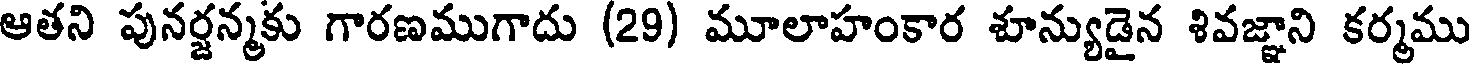
ఆతని పునర్జన్మకు గారణముగాదు (29) మూలాహంకార శూన్యుడైన శివజ్ఞాని కర్మము